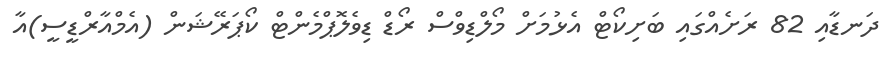
ދަނޑާއި 82 ރަށެއްގައި ބަށިކޯޓް އެޅުމަށް މޯލްޑިވްސް ރޯޑް ޑިވެލޮޕްމެންޓް ކޯޕަރޭޝަން (އެމްއާރްޑީސީ)އާ